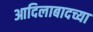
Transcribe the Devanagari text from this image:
आदिलाबादच्या